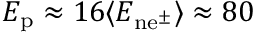
E _ { \mathrm { p } } \approx 1 6 \langle E _ { \mathrm { n { e } ^ { \pm } } } \rangle \approx 8 0